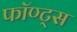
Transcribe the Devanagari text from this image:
फॉण्ट्स